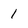
Character: 1